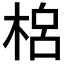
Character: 𣓡